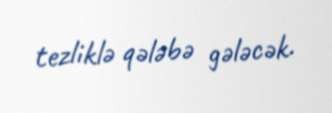
tezliklə qələbə gələcək.